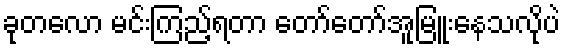
ခုတလော မင်းကြည့်ရတာ တော်တော်အူမြူးနေသလိုပဲ